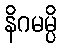
နိဂမမ္ပိ